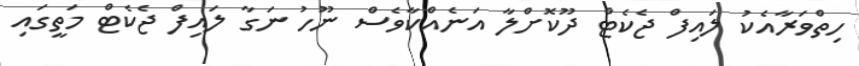
ހިތްވަރާއެކު ލައިފް ޖެކެޓް ދޫކޮށްލާ އަނެއްކާވެސް ނޫހު ނަގާ ލައިފް ޖެކެޓް މަތީގައި